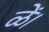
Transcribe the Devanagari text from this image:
ळें।